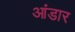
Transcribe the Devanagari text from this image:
आंडार